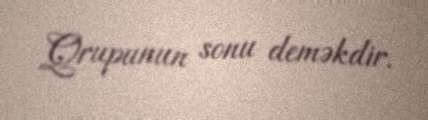
Qrupunun sonu deməkdir.